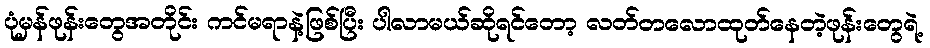
ပုံမှန်ဖုန်းတွေအတိုင်း ကင်မရာနဲ့ဖြစ်ပြီး ပါလာမယ်ဆိုရင်တော့ လတ်တလောထုတ်နေတဲ့ဖုန်းတွေရဲ့